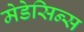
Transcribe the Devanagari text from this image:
मेडेसिन्स